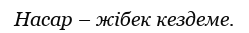
Насар – жібек кездеме.